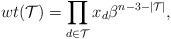
LaTeX: \begin{gather*}wt({\cal{T}}) = \prod_{ d \in {\cal{T}}} x_{d} \beta^{n-3- |{\cal{T}}|},\end{gather*}